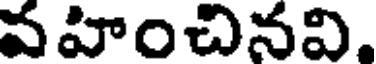
వహించినవి.